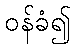
ဝန်ခံ၍